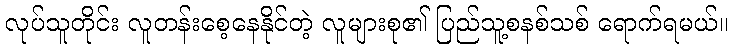
လုပ်သူတိုင်း လူတန်းစေ့နေနိုင်တဲ့ လူများစု၏ ပြည်သူ့စနစ်သစ် ရောက်ရမယ်။